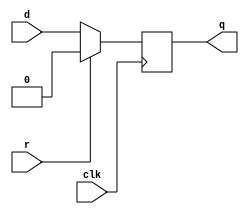
module top_module (
    input clk,
    input d, 
    input r,   // synchronous reset
    output reg q);

    always @ (posedge clk)
        begin
            if(r)
              q <= 1'b0;
            else
                q <= d;
        end
endmodule